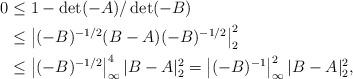
LaTeX: \begin{align*}0&\leq 1-\det ( -A)/\det ( -B)\\&\leq\left|( -B)^{-1/2}(B -A)( -B)^{-1/2}\right|_2^2\\&\leq\left|( -B)^{-1/2}\right|_{\infty}^4|B -A|_2^2=\left|( -B)^{-1}\right|_{\infty}^2|B -A|_2^2,\end{align*}